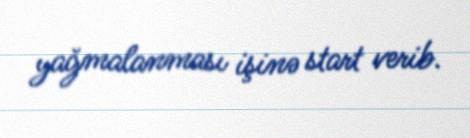
yağmalanması işinə start verib.